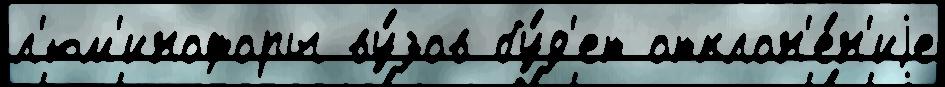
л'юм'инофоры ву́зов бу́д'ет отклон'е́н'иjе